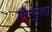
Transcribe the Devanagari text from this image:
मिन्युता